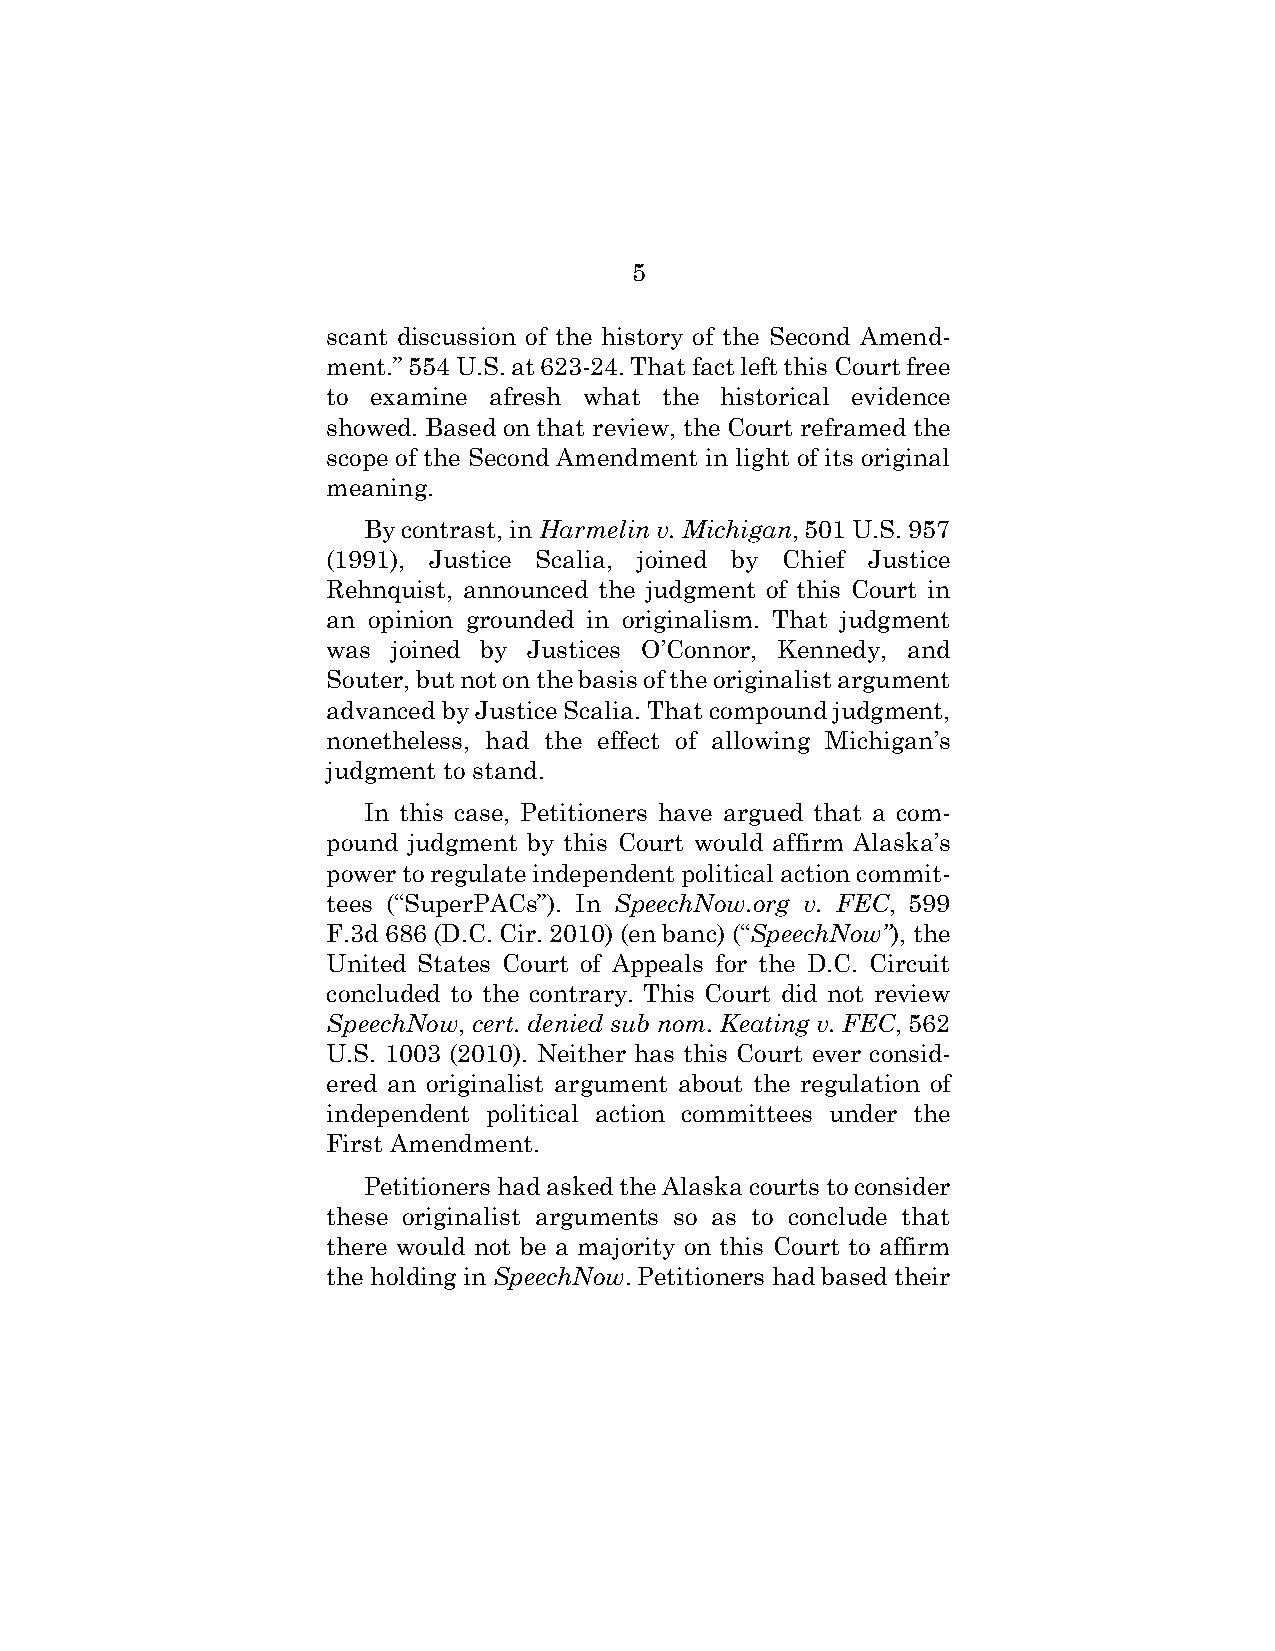
5
 scant discussion of the history of the Second Amend-
 ment.” 554 U.S. at 623-24. That fact left this Court free
 to examine afresh what the historical evidence
 showed. Based on that review, the Court reframed the
 scope of the Second Amendment in light of its original
 meaning.
 By contrast, in Harmelin v. Michigan, 501 U.S. 957
 (1991), Justice Scalia, joined by Chief Justice
 Rehnquist, announced the judgment of this Court in
 an opinion grounded in originalism. That judgment
 was joined by Justices O’Connor, Kennedy, and
 Souter, but not on the basis of the originalist argument
 advanced by Justice Scalia. That compound judgment,
 nonetheless, had the effect of allowing Michigan’s
 judgment to stand.
 In this case, Petitioners have argued that a com-
 pound judgment by this Court would affirm Alaska’s
 power to regulate independent political action commit-
 tees (“SuperPACs”). In SpeechNow.org v. FEC, 599
 F.3d 686 (D.C. Cir. 2010) (en banc) (“SpeechNow”), the
 United States Court of Appeals for the D.C. Circuit
 concluded to the contrary. This Court did not review
 SpeechNow, cert. denied sub nom. Keating v. FEC, 562
 U.S. 1003 (2010). Neither has this Court ever consid-
 ered an originalist argument about the regulation of
 independent political action committees under the
 First Amendment.
 Petitioners had asked the Alaska courts to consider
 these originalist arguments so as to conclude that
 there would not be a majority on this Court to affirm
 the holding in SpeechNow. Petitioners had based their